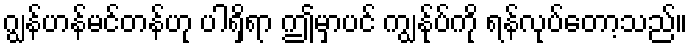
ဂျွန်ဟန်မင်တန်ဟု ပါရှိရာ ဤမှာပင် ကျွန်ုပ်ကို ရန်လုပ်တော့သည်။